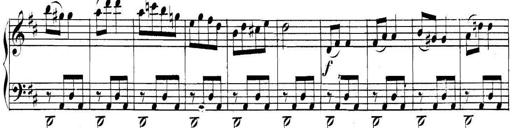
Title: Collected Piano Sonatas
Composer: Muzio Clementi